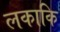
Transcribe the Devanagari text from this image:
लकाकि